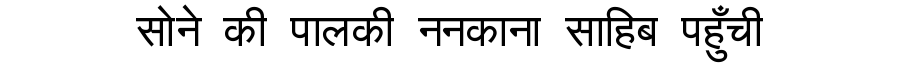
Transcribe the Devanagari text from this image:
सोने की पालकी ननकाना साहिब पहुँची